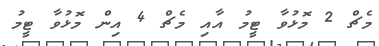
މެޗް 2 މޮޅުވާ ޓީމު އާއި މެޗް 4 އިން މޮޅުވާ ޓީމު